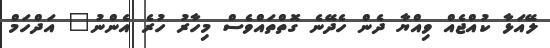
ލޭއަޅާ ކުއްޖެއް ވިއްޔާ ދެން ހެދޭނެ ގޮތްތައްވެސް މިހާރު ހުރެ އެންނު" އަދްހަމް